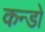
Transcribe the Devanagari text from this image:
कन्डो